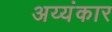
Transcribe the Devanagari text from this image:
अय्यंकार